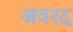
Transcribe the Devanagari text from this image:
अवरद